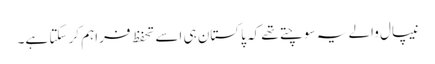
نیپال والے یہ سوچتے تھے کہ پاکستان ہی اسے تحفظ فراہم کر سکتا ہے۔